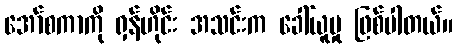
အော်စကာကို ရှန်ဟိုင်း အသင်းက ခေါ်ယူမှု ဖြစ်ပါတယ်။